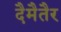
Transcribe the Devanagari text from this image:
दैमैतैर